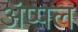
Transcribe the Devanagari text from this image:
ॲप्पल